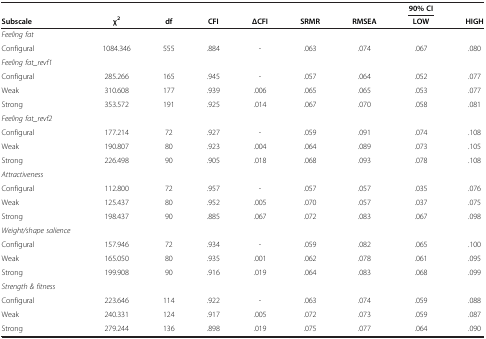
<table><thead><tr><td><b> </b></td><td><b> </b></td><td><b> </b></td><td><b> </b></td><td><b> </b></td><td><b> </b></td><td><b> </b></td><td><b>90% CI</b></td><td><b> </b></td></tr><tr><td><b>Subscale</b></td><td><b>χ<sup>2</sup></b></td><td><b>df</b></td><td><b>CFI</b></td><td><b>ΔCFI</b></td><td><b>SRMR</b></td><td><b>RMSEA</b></td><td><b>LOW</b></td><td><b>HIGH</b></td></tr></thead><tbody><tr><td><i>Feeling fat</i></td><td> </td><td> </td><td> </td><td> </td><td> </td><td> </td><td> </td><td> </td></tr><tr><td>Configural</td><td>1084.346</td><td>555</td><td>.884</td><td>-</td><td>.063</td><td>.074</td><td>.067</td><td>.080</td></tr><tr><td><i>Feeling fat_revf1</i></td><td> </td><td> </td><td> </td><td> </td><td> </td><td> </td><td> </td><td> </td></tr><tr><td>Configural</td><td>285.266</td><td>165</td><td>.945</td><td>-</td><td>.057</td><td>.064</td><td>.052</td><td>.077</td></tr><tr><td>Weak</td><td>310.608</td><td>177</td><td>.939</td><td>.006</td><td>.065</td><td>.065</td><td>.053</td><td>.077</td></tr><tr><td>Strong</td><td>353.572</td><td>191</td><td>.925</td><td>.014</td><td>.067</td><td>.070</td><td>.058</td><td>.081</td></tr><tr><td><i>Feeling fat_revf2</i></td><td> </td><td> </td><td> </td><td> </td><td> </td><td> </td><td> </td><td> </td></tr><tr><td>Configural</td><td>177.214</td><td>72</td><td>.927</td><td>-</td><td>.059</td><td>.091</td><td>.074</td><td>.108</td></tr><tr><td>Weak</td><td>190.807</td><td>80</td><td>.923</td><td>.004</td><td>.064</td><td>.089</td><td>.073</td><td>.105</td></tr><tr><td>Strong</td><td>226.498</td><td>90</td><td>.905</td><td>.018</td><td>.068</td><td>.093</td><td>.078</td><td>.108</td></tr><tr><td><i>Attractiveness</i></td><td> </td><td> </td><td> </td><td> </td><td> </td><td> </td><td> </td><td> </td></tr><tr><td>Configural</td><td>112.800</td><td>72</td><td>.957</td><td>-</td><td>.057</td><td>.057</td><td>.035</td><td>.076</td></tr><tr><td>Weak</td><td>125.437</td><td>80</td><td>.952</td><td>.005</td><td>.070</td><td>.057</td><td>.037</td><td>.075</td></tr><tr><td>Strong</td><td>198.437</td><td>90</td><td>.885</td><td>.067</td><td>.072</td><td>.083</td><td>.067</td><td>.098</td></tr><tr><td><i>Weight/shape salience</i></td><td> </td><td> </td><td> </td><td> </td><td> </td><td> </td><td> </td><td> </td></tr><tr><td>Configural</td><td>157.946</td><td>72</td><td>.934</td><td>-</td><td>.059</td><td>.082</td><td>.065</td><td>.100</td></tr><tr><td>Weak</td><td>165.050</td><td>80</td><td>.935</td><td>.001</td><td>.062</td><td>.078</td><td>.061</td><td>.095</td></tr><tr><td>Strong</td><td>199.908</td><td>90</td><td>.916</td><td>.019</td><td>.064</td><td>.083</td><td>.068</td><td>.099</td></tr><tr><td><i>Strength &amp; fitness</i></td><td> </td><td> </td><td> </td><td> </td><td> </td><td> </td><td> </td><td> </td></tr><tr><td>Configural</td><td>223.646</td><td>114</td><td>.922</td><td>-</td><td>.063</td><td>.074</td><td>.059</td><td>.088</td></tr><tr><td>Weak</td><td>240.331</td><td>124</td><td>.917</td><td>.005</td><td>.072</td><td>.073</td><td>.059</td><td>.087</td></tr><tr><td>Strong</td><td>279.244</td><td>136</td><td>.898</td><td>.019</td><td>.075</td><td>.077</td><td>.064</td><td>.090</td></tr></tbody></table>